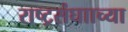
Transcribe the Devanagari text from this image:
राष्ट्रसंघााच्या